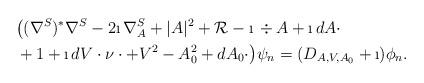
LaTeX: \begin{align*}& \bigl( (\nabla^S)^* \nabla^S -2\i \, \nabla^S_A + |A|^2 + \mathcal{R} -\i\, \div A +\i \, dA\cdot \\& + 1+ \i \, dV\cdot \nu\cdot +V^2 - A_0^2 + dA_0\cdot \bigr)\psi_n= (D_{A,V, A_0} +\i)\phi_n.\end{align*}